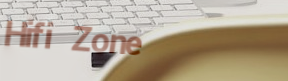
Hifi Zone